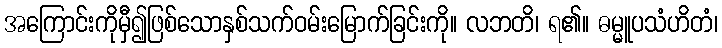
အကြောင်းကိုမှီ၍ဖြစ်သောနှစ်သက်ဝမ်းမြောက်ခြင်းကို။ လဘတိ၊ ရ၏။ ဓမ္မူပသံဟိတံ၊